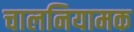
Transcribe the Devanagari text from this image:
चालनियामक